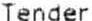
TENDER